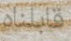
قابلناه